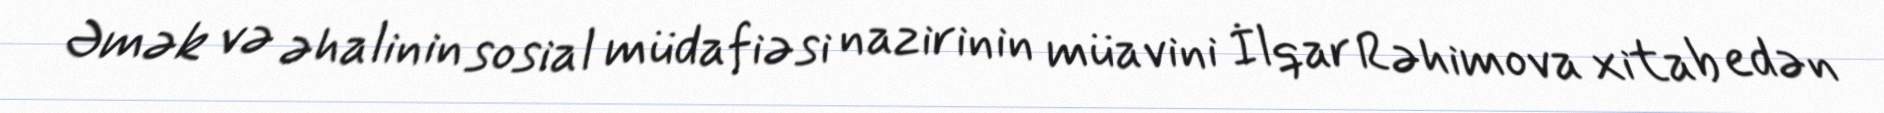
Əmək və əhalinin sosial müdafiəsi nazirinin müavini İlqar Rəhimova xitab edən